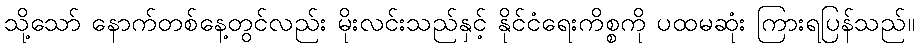
သို့သော် နောက်တစ်နေ့တွင်လည်း မိုးလင်းသည်နှင့် နိုင်ငံရေးကိစ္စကို ပထမဆုံး ကြားရပြန်သည်။